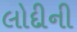
લોદીની